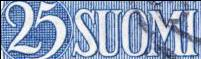
25 SUOMI